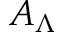
A _ { \Lambda }